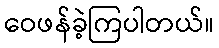
ဝေဖန်ခဲ့ကြပါတယ်။